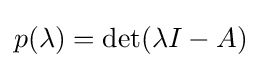
p(\lambda )=\det(\lambda I-A)